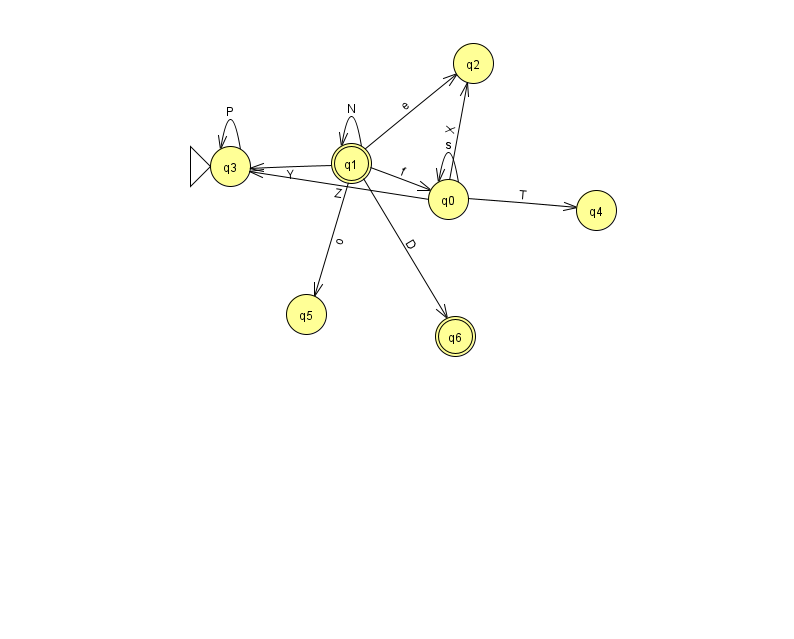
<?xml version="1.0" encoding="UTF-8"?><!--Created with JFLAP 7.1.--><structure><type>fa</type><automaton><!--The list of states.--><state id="0" name="q0"><x>448.0</x><y>186.0</y></state><state id="1" name="q1"><x>351.0</x><y>150.0</y><final/></state><state id="2" name="q2"><x>473.0</x><y>50.0</y></state><state id="3" name="q3"><x>230.0</x><y>153.0</y><initial/></state><state id="4" name="q4"><x>596.0</x><y>197.0</y></state><state id="5" name="q5"><x>306.0</x><y>301.0</y></state><state id="6" name="q6"><x>455.0</x><y>323.0</y><final/></state><!--The list of transitions.--><transition><from>0</from><to>2</to><read>X</read></transition><transition><from>1</from><to>6</to><read>D</read></transition><transition><from>3</from><to>3</to><read>P</read></transition><transition><from>0</from><to>0</to><read>s</read></transition><transition><from>1</from><to>5</to><read>o</read></transition><transition><from>0</from><to>3</to><read>Z</read></transition><transition><from>1</from><to>2</to><read>e</read></transition><transition><from>0</from><to>4</to><read>T</read></transition><transition><from>1</from><to>0</to><read>f</read></transition><transition><from>1</from><to>1</to><read>N</read></transition><transition><from>1</from><to>3</to><read>Y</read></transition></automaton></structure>